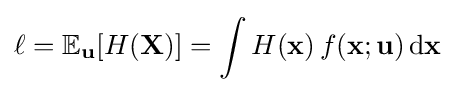
\ell =\mathbb {E} _{\mathbf {u} }[H(\mathbf {X} )]=\int H(\mathbf {x} )\,f(\mathbf {x} ;\mathbf {u} )\,{\textrm {d}}\mathbf {x}